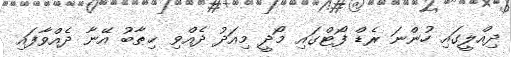
ދިއްލީގައި ހުންނަ ރެޑް ފޯޓްގައި މޯދީ މިއަދު ދެއްވި ޚިޠާބު އޭނާ ދެއްވާފައި